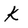
Character: k